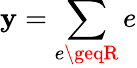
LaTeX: \mathbf{y}=\sum\limits_{e\geqR}e